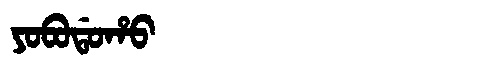
Manchu: ᠶᠣᠪᠣᡩᠣᡥᠣ
Romanization: YOBODOHO